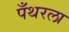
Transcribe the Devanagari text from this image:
पँथरला